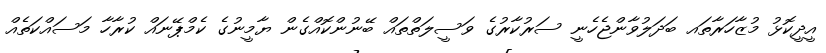
އީދީކޮޅު މުޒާހަރާތައ ބަދަލުވާންޖެހެނީ ސަރުކާރުގެ ވަސީލަތްތައް ބޭނުންކޮއްގެން ޔާމީނުގެ ކެމްޕޭނައް ކުރާހާ މަސައްކަތެއް